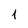
Character: 1